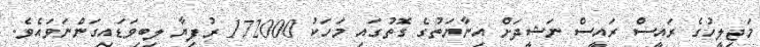
މަޖިލީހުގެ ރައީސް ރައީސް ނަޝީދަށް އިނާޔަތުގެ ގޮތުގައި މަހަކު 172000 ރުފިޔާ ލިބިވަޑައިގަންނަވައެވެ.